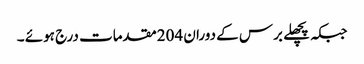
جبکہ پچھلے برس کے دوران 204مقدمات درج ہوئے ۔